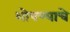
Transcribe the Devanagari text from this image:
शोषण्याचे